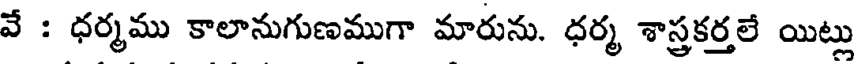
వే : ధర్మము కాలానుగుణముగా మారును. ధర్మ శాస్త్రకర్తలే యిట్లు